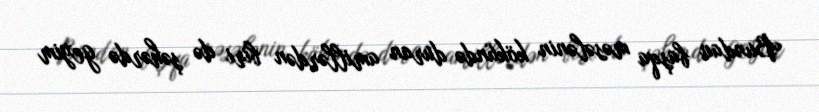
Bundan başqa məsələnin kökündə duran amillərdən biri də şəhərdə geyim